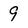
Character: 9